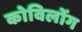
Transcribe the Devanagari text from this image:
कोविलोंग